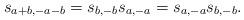
LaTeX: \begin{align*} s_{a+b,-a-b}=s_{b,-b}s_{a,-a}=s_{a,-a}s_{b,-b}.\end{align*}